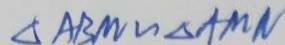
\Delta A B M \sim \Delta A M N